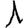
Digit: 1